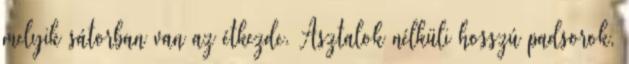
melyik sátorban van az étkezde. Asztalok nélküli hosszú padsorok,